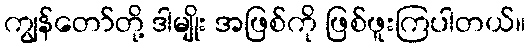
ကျွန်တော်တို့ ဒါမျိုး အဖြစ်ကို ဖြစ်ဖူးကြပါတယ်။